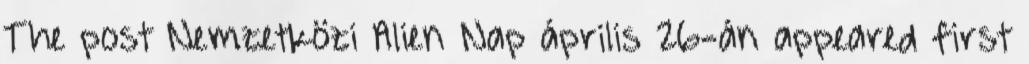
The post Nemzetközi Alien Nap április 26-án appeared first